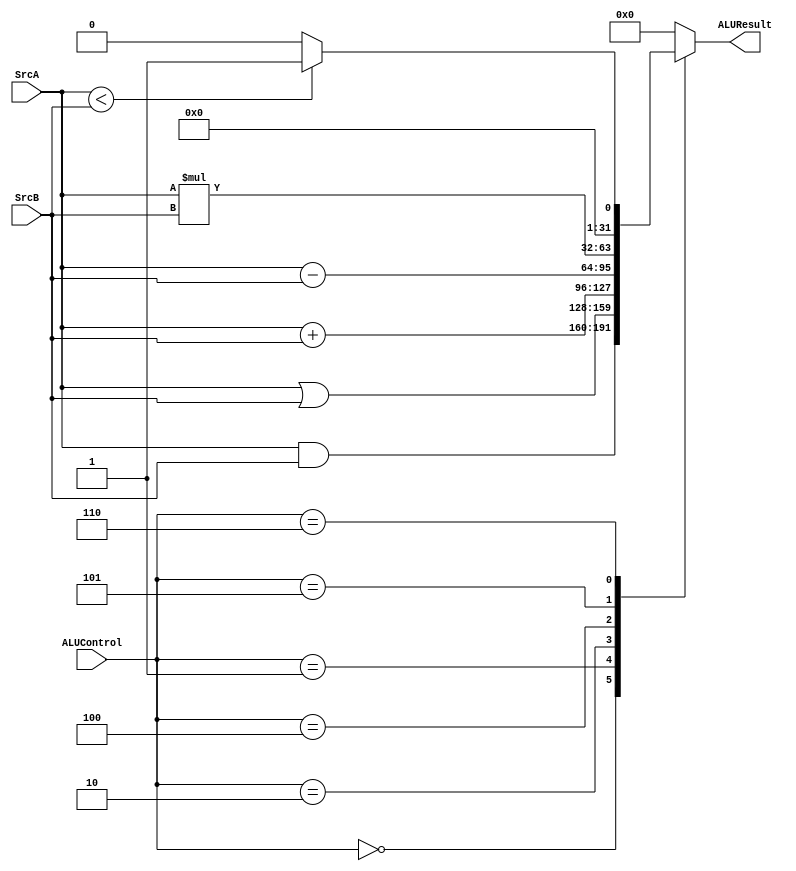
module ALU #(
parameter ALUResult_width = 32 ,
          ALU_Control_width = 3
) (
input	wire	[ALUResult_width-1:0]		        SrcA,
input	wire	[ALUResult_width-1:0]		        SrcB,
input	wire	[ALU_Control_width-1:0]			    ALUControl,

output	reg		[ALUResult_width-1:0]		        ALUResult
);

localparam [ALU_Control_width-1:0]      And = 'b000;
localparam [ALU_Control_width-1:0]      Or  = 'b001;
localparam [ALU_Control_width-1:0]      add = 'b010;
localparam [ALU_Control_width-1:0]      sub = 'b100;
localparam [ALU_Control_width-1:0]      mul = 'b101;
localparam [ALU_Control_width-1:0]      slt = 'b110;


always @(*)
begin
	case (ALUControl)
    And: begin
        ALUResult = SrcA & SrcB;
    end

    Or : begin
		ALUResult = SrcA | SrcB ;
    end

    add : begin
		ALUResult = SrcA + SrcB ;
	end

	sub : begin
		ALUResult = SrcA - SrcB ;
	end
		
    mul : begin
	    ALUResult = SrcA * SrcB ;
	end
		
	slt : begin
	    if (SrcA < SrcB) begin
            ALUResult = 'b1;
        end else begin
            ALUResult = 'b0;
        end
    end
		
	default : begin
		ALUResult = 'b0 ;
	end
	
	endcase
end

endmodule